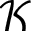
{ \mathcal K }